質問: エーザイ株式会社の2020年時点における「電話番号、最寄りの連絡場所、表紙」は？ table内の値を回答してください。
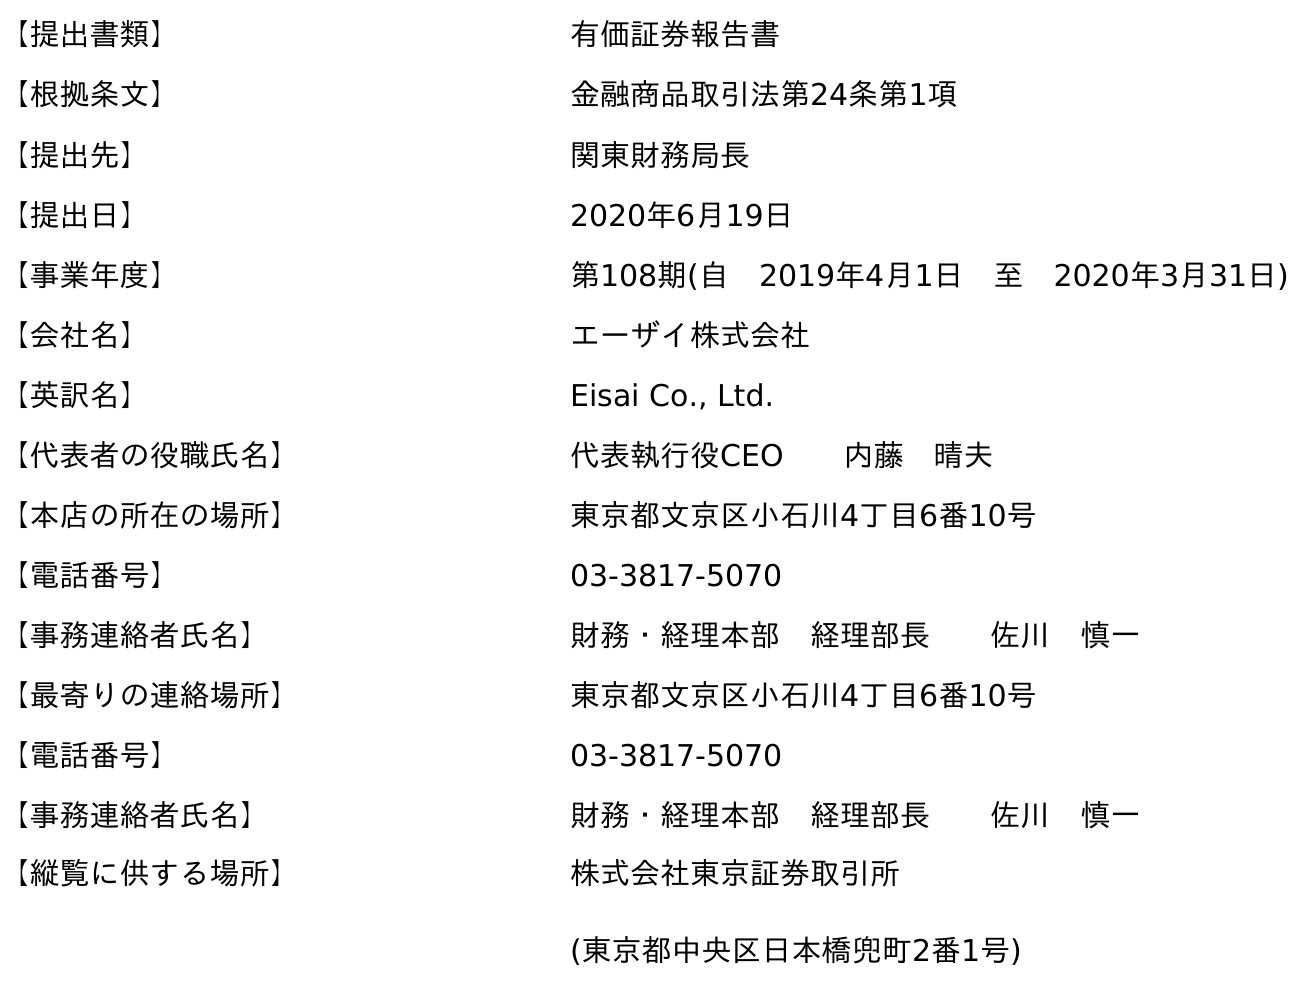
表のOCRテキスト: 【提出書類】 有価証券報告書 【根拠条文】 金融商品取引法第24条第1項 【提出先】 関東財務局長 【提出日】 2020年6月19日 【事業年度】 第108期(自 2019年4月1日 至 2020年3月31日) 【会社名】 エーザイ株式会社 【英訳名】 Eisai Co., Ltd. 【代表者の役職氏名】 代表執行役CEO  内藤 晴夫 【本店の所在の場所】 東京都文京区小石川4丁目6番10号 【電話番号】 03-3817-5070 【事務連絡者氏名】 財務・経理本部 経理部長  佐川 慎一 【最寄りの連絡場所】 東京都文京区小石川4丁目6番10号 【電話番号】 03-3817-5070 【事務連絡者氏名】 財務・経理本部 経理部長  佐川 慎一 【縦覧に供する場所】 株式会社東京証券取引所 (東京都中央区日本橋兜町2番1号)
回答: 03-3817-5070